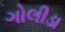
ગોલીડા